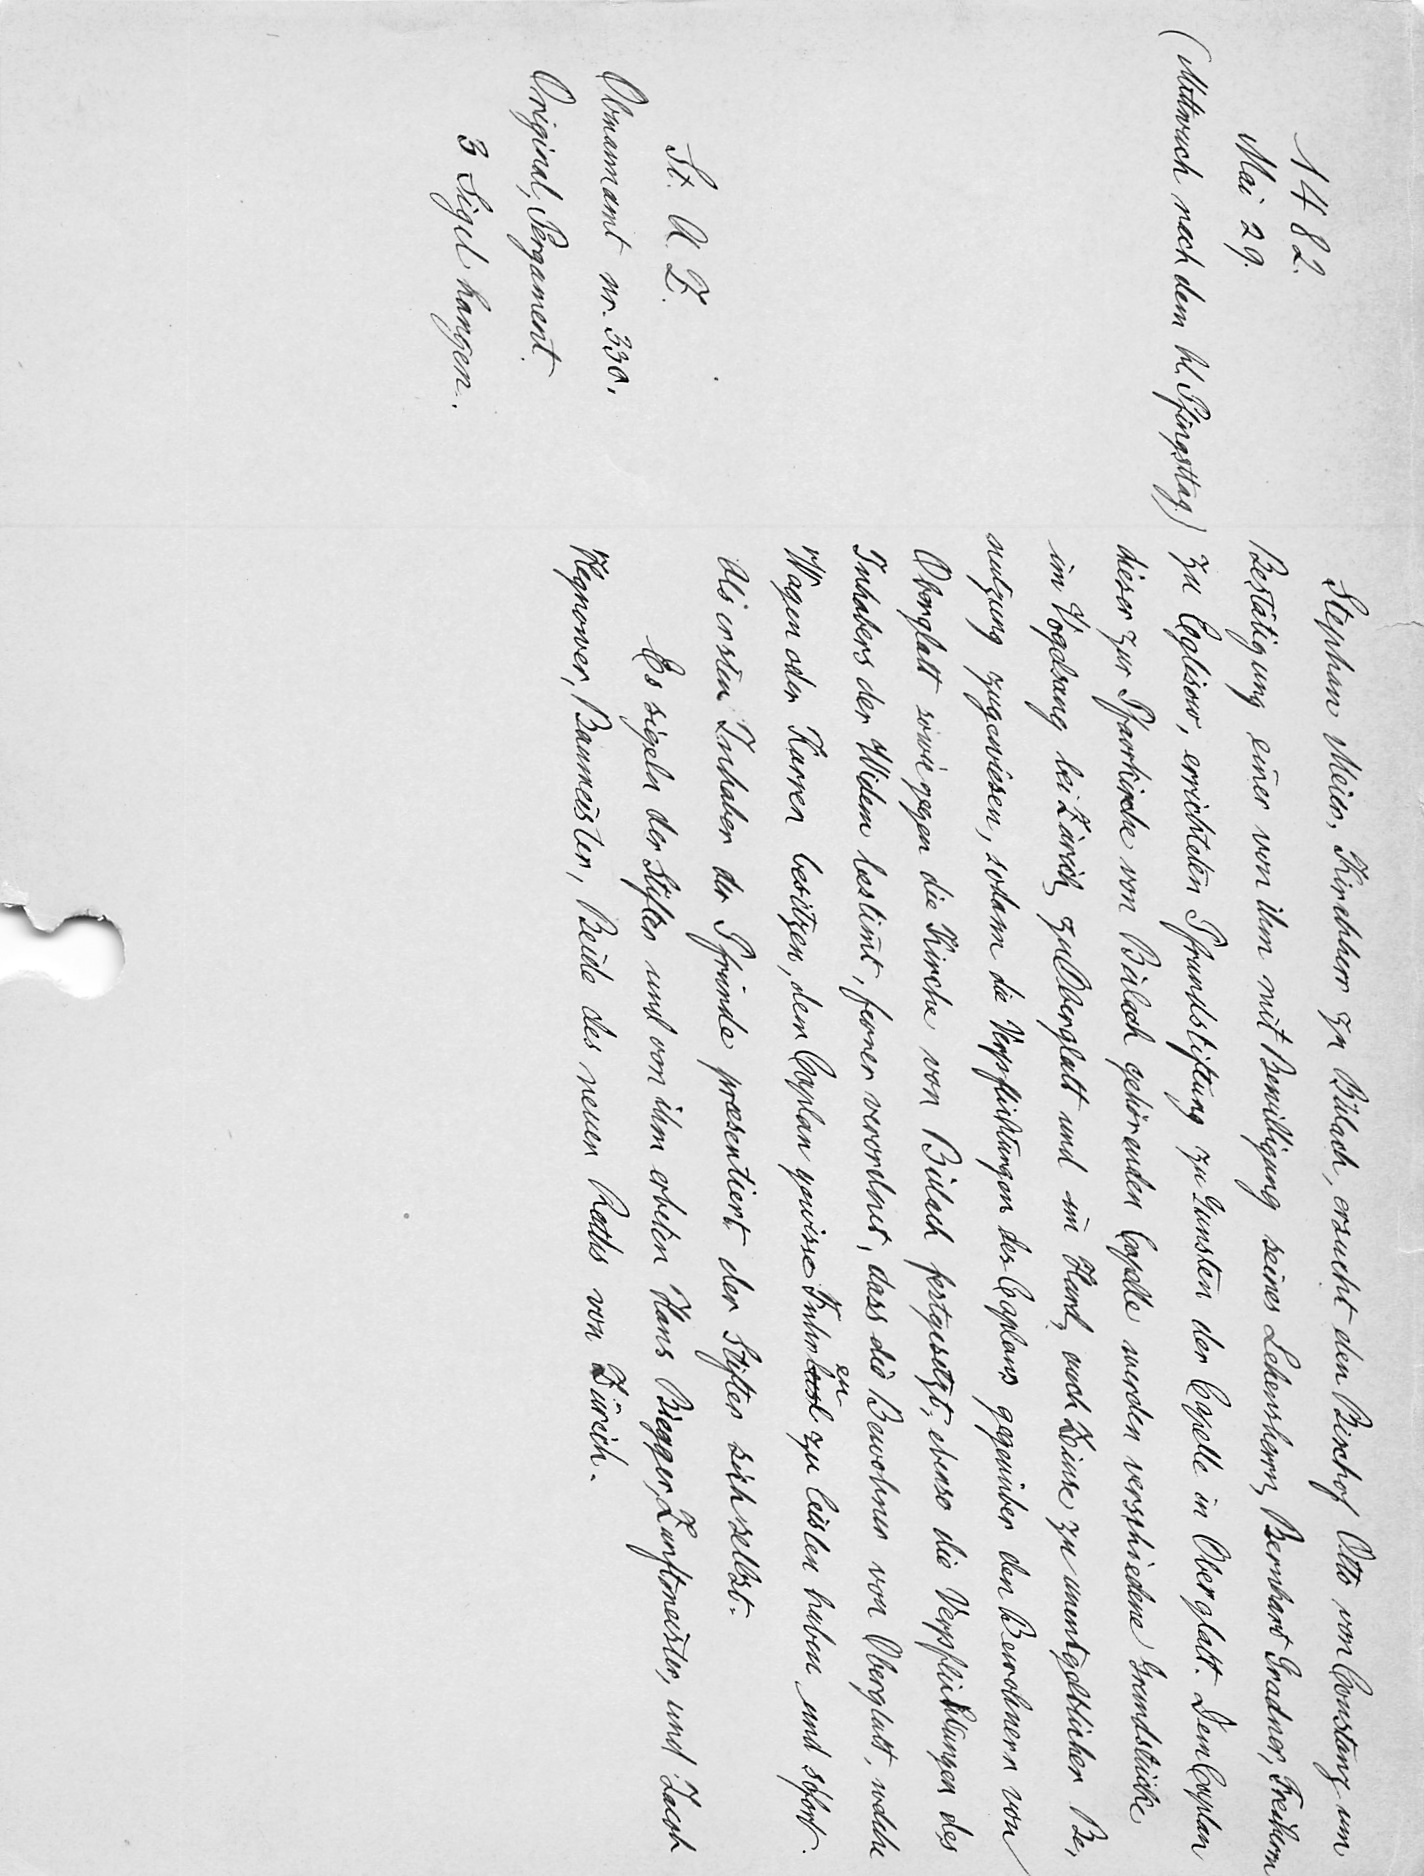
Stephan Meier, Kirchherr zu Bülach, ersucht den Bischof Otto von Constanz um
Bestätigung einer von ihm mit Bewilligung seines Lehensherrn, Bernhart Gradner, Freiherrn
zu Eglisow, errichteten Pfrundstiftung zu Gunsten der Capelle in Oberglatt. Dem Caplan
dieser zur Pfarrkirche von Bülach gehörenden Capelle werden verschiedene Grundstücke
im Vogelsang bei Zürich zu Oberglatt und im Hard, auch Zinse zu unentgeltlicher Be¬
nutzung zugewiesen, sodann die Verpflichtungen des Caplans gegenüber den Bewohnern von
Oberglatt sowie gegen die Kirche von Bülach festgesetzt, ebenso die Verpflichtungen des
Inhabers der Widem bestimmt, ferner verordnet, dass die Bewohner von Oberglatt, welche
Wagen oder Karren besitzen, dem Caplan gewisse Fulmkesl zu leisten haben und sofort.
Als ersten Inhaber der Pfründe presentiert der Stifter sich selbst.
Es sigeln der Stifter und von ihm erbeten Hans Biegger, Zunfstmeister, und Jacob
Hegnower, Baumeister, Beide des neuen Raths von Zürich.

1482.
Mai 29.
(Mittwuch nach dem hl. Pfingsttag.)
St. A. Z.
Obmannamt, nr. 330.
Original, Pergament.
3 Sigel hangen.